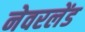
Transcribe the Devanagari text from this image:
नेवरलेंड